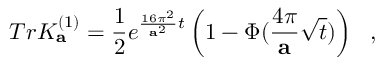
T r K _ { \bf a } ^ { ( 1 ) } = { \frac { 1 } { 2 } } e ^ { { \frac { 1 6 \pi ^ { 2 } } { { \bf a } ^ { 2 } } } t } \left( 1 - \Phi ( { \frac { 4 \pi } { \bf a } } \sqrt { t } ) \right) ~ ~ ,